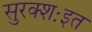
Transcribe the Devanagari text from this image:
सुरक्शःइत